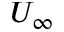
U _ { \infty }